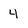
Character: 4